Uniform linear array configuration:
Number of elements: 8
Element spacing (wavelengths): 0.75
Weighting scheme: hamming
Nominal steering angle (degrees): -30
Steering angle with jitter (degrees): -29.993
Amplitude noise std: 0.05
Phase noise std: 0.05

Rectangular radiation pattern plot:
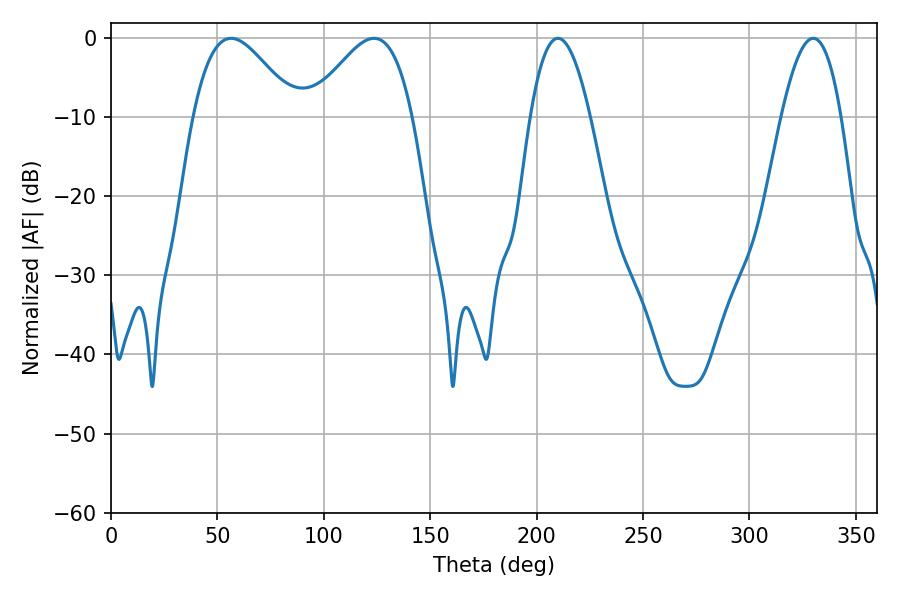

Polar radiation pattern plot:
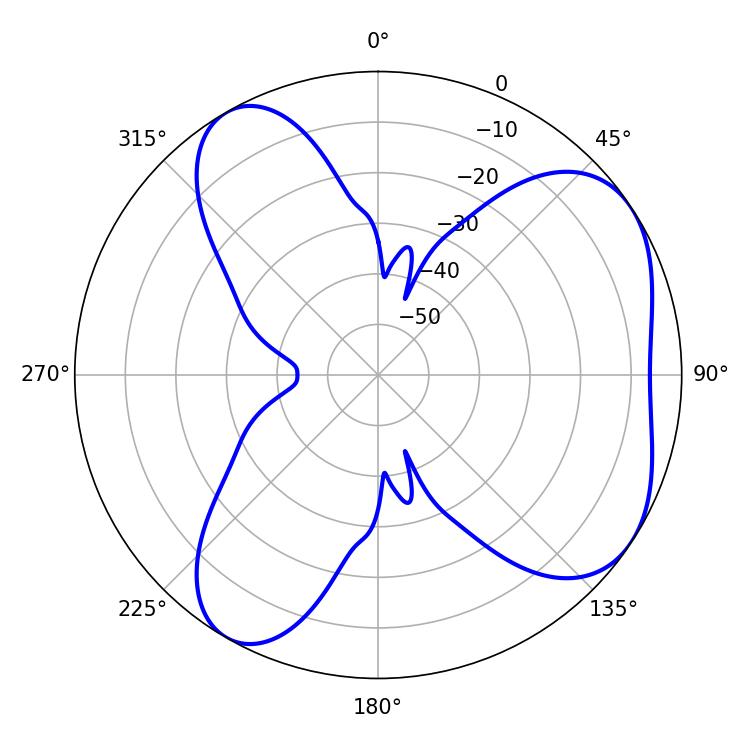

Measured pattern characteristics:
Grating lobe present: TRUE
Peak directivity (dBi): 5.454
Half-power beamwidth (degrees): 15.3
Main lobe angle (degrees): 210.06